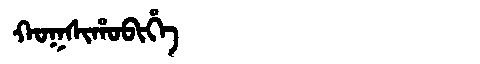
Manchu: ᡴᠣᡴᠰᡳᡥᠣᠪᡳᡥᡝ
Romanization: KOKSIHOBIHE